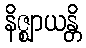
နိဇ္ဈာယန္တိ